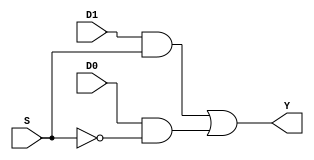
module m21(Y, D0, D1, S);

output Y;
input D0, D1, S;
wire T1, T2, Sbar;

and (T1, D1, S), (T2, D0, Sbar);
not (Sbar, S);
or (Y, T1, T2);

endmodule
module partialproduct(pp_out, q, m);
	input [11:0] m;
	input [2:0] q;

	output reg [11:0] pp_out = 12'd0;

	always @(*)
	begin
		case(q)
		3'd0: pp_out = 12'd0;
		3'd1: pp_out = m;
		3'd2: pp_out = m;
		3'd3: pp_out = m<<1;
		3'd4: pp_out = ~(m<<1)+12'd1;
		3'd5: pp_out = ~m+12'd1;
		3'd6: pp_out = ~m + 12'd1;
		3'd7: pp_out = 12'd0;
		default: pp_out = 12'bz;
		endcase
	end
endmodule

module radix4_booth_multiplier(acc, M, Q);
	output [23:0]acc;
	// wire [23:0] acc1, acc2, acc3, acc4, acc5;

	input [11:0] M, Q;
	wire [11:0]pprod1,pprod2,pprod3,pprod4,pprod5,pprod6;
	wire [23:0] pprod1x,pprod2x,pprod3x,pprod4x,pprod5x,pprod6x;

	partialproduct pp1 (.pp_out(pprod1),.q({Q[1:0],1'b0}),.m(M));
	assign pprod1x =  $signed(pprod1);
	partialproduct pp2(pprod2,Q[3:1],M);
	assign pprod2x =  $signed({pprod2,2'd0});
	partialproduct pp3(pprod3,Q[5:3],M);
	assign pprod3x =  $signed({pprod3,4'd0});
	partialproduct pp4(pprod4,Q[7:5],M);
	assign pprod4x =  $signed({pprod4,6'd0});
	partialproduct pp5(pprod5,Q[9:7],M);
	assign pprod5x =  $signed({pprod5,8'd0});
	partialproduct pp6(pprod6,Q[11:9],M);
	assign pprod6x =  $signed({pprod6,10'd0});
	assign acc = pprod1x + pprod2x + pprod3x + pprod4x+ pprod5x + pprod6x;
	
endmodule



module hp_multiplier(hp_product,ex_flag,hp_inA,hp_inB);
	output reg[15:0]hp_product;
	output reg [1:0]ex_flag;
	input [15:0]hp_inA;
	input [15:0]hp_inB;

	reg exp_OF, exp_UF;
	
	wire A_s;
	wire B_s;
	wire [4:0]A_exp;
	wire [4:0]B_exp;
	
	assign A_s = hp_inA[15];
	assign B_s = hp_inB[15];
	assign A_exp = hp_inA[14:10];
	assign B_exp = hp_inB[14:10];
	
	
	wire product_s;
	assign product_s = A_s ^ B_s;
	
	wire [6:0]product_exp_temp;
	wire [6:0]product_exp;
	
	assign product_exp_temp = {2'b0, A_exp} + {2'b0, B_exp};
	assign product_exp = product_exp_temp - 7'd15;


	

	//booth_multiplier
	reg [11:0] ma,mb;

	// control flags
	reg [1:0] cf;


	always @(*)
	begin
		if(hp_inA[14:0] == 15'd0)
		begin
			//ma = {1'b0, hp_inA[9:0], 2'b0};
			cf = 2'b01;
		end
		else if(hp_inB[14:0] == 15'd0)
		begin
			//mb = {1'b0, hp_inA[9:0], 2'b0};
			cf = 2'b10;
		end
		else if(hp_inA[14:10] == 5'd31 || hp_inB[14:10] == 5'd31)
		begin
			cf = 2'b00;
		end
		else 
		begin
			if(hp_inA[14:10] == 5'd0)
			begin
				ma = {2'b00, hp_inA[9:0]};
				cf = 2'b11;
			end
			else 
			begin
				ma = {2'b01, hp_inA[9:0]};
				cf = 2'b11;
			end
			if(hp_inB[14:10] == 5'd0)
			begin
				mb = {2'b00, hp_inB[9:0]};
				cf = 2'b11;
			end
			else 
			begin
				mb = {2'b01, hp_inB[9:0]};
				cf = 2'b11;
			end
		end


	end

	wire [23:0]product_temp;
	radix4_booth_multiplier mult1(product_temp,ma,mb);

	reg [9:0] product_temp_norm;
	reg [6:0]product_exp_norm;
	 always @(*)
	 begin
	 	if(product_temp[21]==1)
	 	begin
	 		product_temp_norm = product_temp[20:11];
	 		product_exp_norm = product_exp + 7'd1;
			
	 	end
	 	else
		begin
	 		product_temp_norm = product_temp[19:10];
			product_exp_norm = product_exp;
		end
	 end
	always @(*)
	begin
		if($signed(product_exp_norm)>=31)
		begin
			exp_OF = 1'b1;
			exp_UF = 1'b0;
		end
		else if($signed(product_exp_norm)<0)
		begin
			exp_OF = 1'b0;
			exp_UF = 1'b1;
		end
		else
		begin
			exp_OF = 1'b0;
			exp_UF = 1'b0;
		end
	end


	always @(*)
	begin
		case(cf)
		2'b00:begin
			hp_product = 16'b0111110101010101;
			ex_flag = 2'b11;
		end

		2'b01: begin
			hp_product = 16'd0;
			ex_flag = 2'b00;
		end

		2'b10: begin
			hp_product = 16'd0;
			ex_flag = 2'b00;
		end

		2'b11: begin
			hp_product = {product_s,product_exp_norm[4:0],product_temp_norm};
			ex_flag = {exp_UF, exp_OF};
		end
		default: begin
			hp_product = 16'bz;
			ex_flag = 2'b11;
		end
	endcase
	end



endmodule


module tb_hp_multiplier();
	reg [15:0]A,B;
	wire [15:0]out;
	wire [1:0]E;
	hp_multiplier uut(.hp_product(out), .ex_flag(E), .hp_inA(A), .hp_inB(B));
	initial 
	begin
		A = 16'd0; B = 16'd4095;
		#10 A = 16'd8191; B = 16'd0;
		#10 A = 16'd0; B = 16'd0;
		#10 A = 16'b0111110101010101; B = 16'd4095;
		#10 A = 16'd8191; B  = 16'b1111110000011111;
		#10 A = 16'b1111110101010101; B = 16'd4095;
		#10 A = 16'd8191; B  = 16'b0111110000011111;
		#10 A = 16'd8191; B  = 16'b1111110000000000;
		#10 A = 16'b1111110000000000; B = 16'd4095;
		#10 A = 16'd8191; B  = 16'b0111110000000000;
		#10 A = 16'b0111110000000000; B = 16'd4095;
		#10 A = 16'b0111101010101010; B = 16'b0111100101010101;
		#10 A = 16'b1111101010101010; B = 16'b1111100101010101;
		#10 A = 16'b0000011010101010; B = 16'b0000010101010101;
		#10 A = 16'b1000011010101010; B = 16'b1000010101010101;
		#10 A = 16'b0101001010101010; B = 16'b0110000101010101;
		#10 A = 16'b1101001010101010; B = 16'b1110000101010101;
		#10 A = 16'b0010001010101010; B = 16'b0010000101010101;
		#10 A = 16'b1101001010101010; B = 16'b0110000101010101;
		#10 A = 16'b0010101111111111; B = 16'b0110001111111111;
		#10 A = 16'b1000011111111111; B = 16'b1000011111111111;
		#10 A = 16'b0100100000000000; B = 16'b0101100000000000;
		#10 A = 16'b0100100100000000; B = 16'b0100010100000000;// 10 * 5
		#10 A = 16'b0000001000000000; B = 16'b0000001000000000;
		#10 A = 16'b0000001000000000; B = 16'b0100001000000000;
	end
	initial begin
      $monitor("A=%b, B=%b, Output=%b, Exception=%b",A,B,out,E);
    end
	initial begin
		#300 $finish;
	end
	endmodule